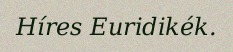
Híres Euridikék.